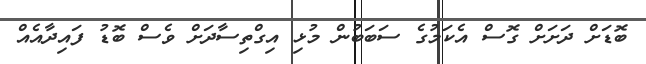
ބޮޑަށް ދަށަށް ގޮސް އެކަމުގެ ސަބަބުން މުޅި އިގްތިސާދަށް ވެސް ބޮޑު ފައިދާއެއް